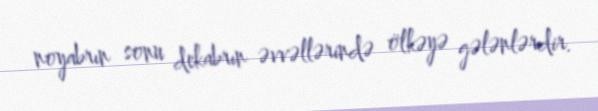
noyabrın sonu dekabrın əvvəllərində ölkəyə gələnlərdir.